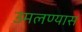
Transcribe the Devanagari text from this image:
उमलण्यास